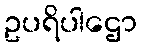
ဥပရိပါဌော